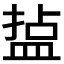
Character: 𭾄